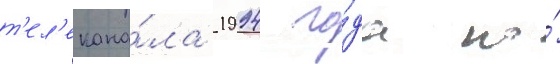
т'ел'екана́ла 1994 го́да по́